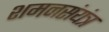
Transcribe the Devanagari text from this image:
शमनसंयंत्र